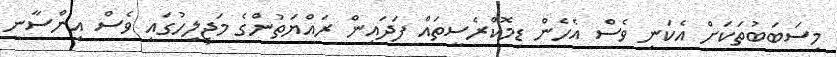
މިސަބަބުތަކަށް އެކަނި ވެސް އެހެން ޑިމޮކްރެސީތައް ފަދައިން ރައްޔަތުންގެ މަޖިލިހުގައި ވެސް އިންސާނީ